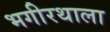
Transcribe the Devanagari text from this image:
भगीरथाला